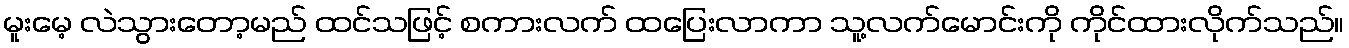
မူးမေ့ လဲသွားတော့မည် ထင်သဖြင့် စကားလက် ထပြေးလာကာ သူ့လက်မောင်းကို ကိုင်ထားလိုက်သည်။